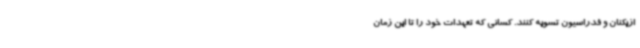
ازیکنان و فدراسیون تسویه کنند. کسانی که تعهدات خود را تا این زمان